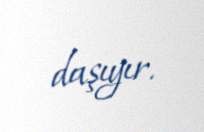
daşıyır.